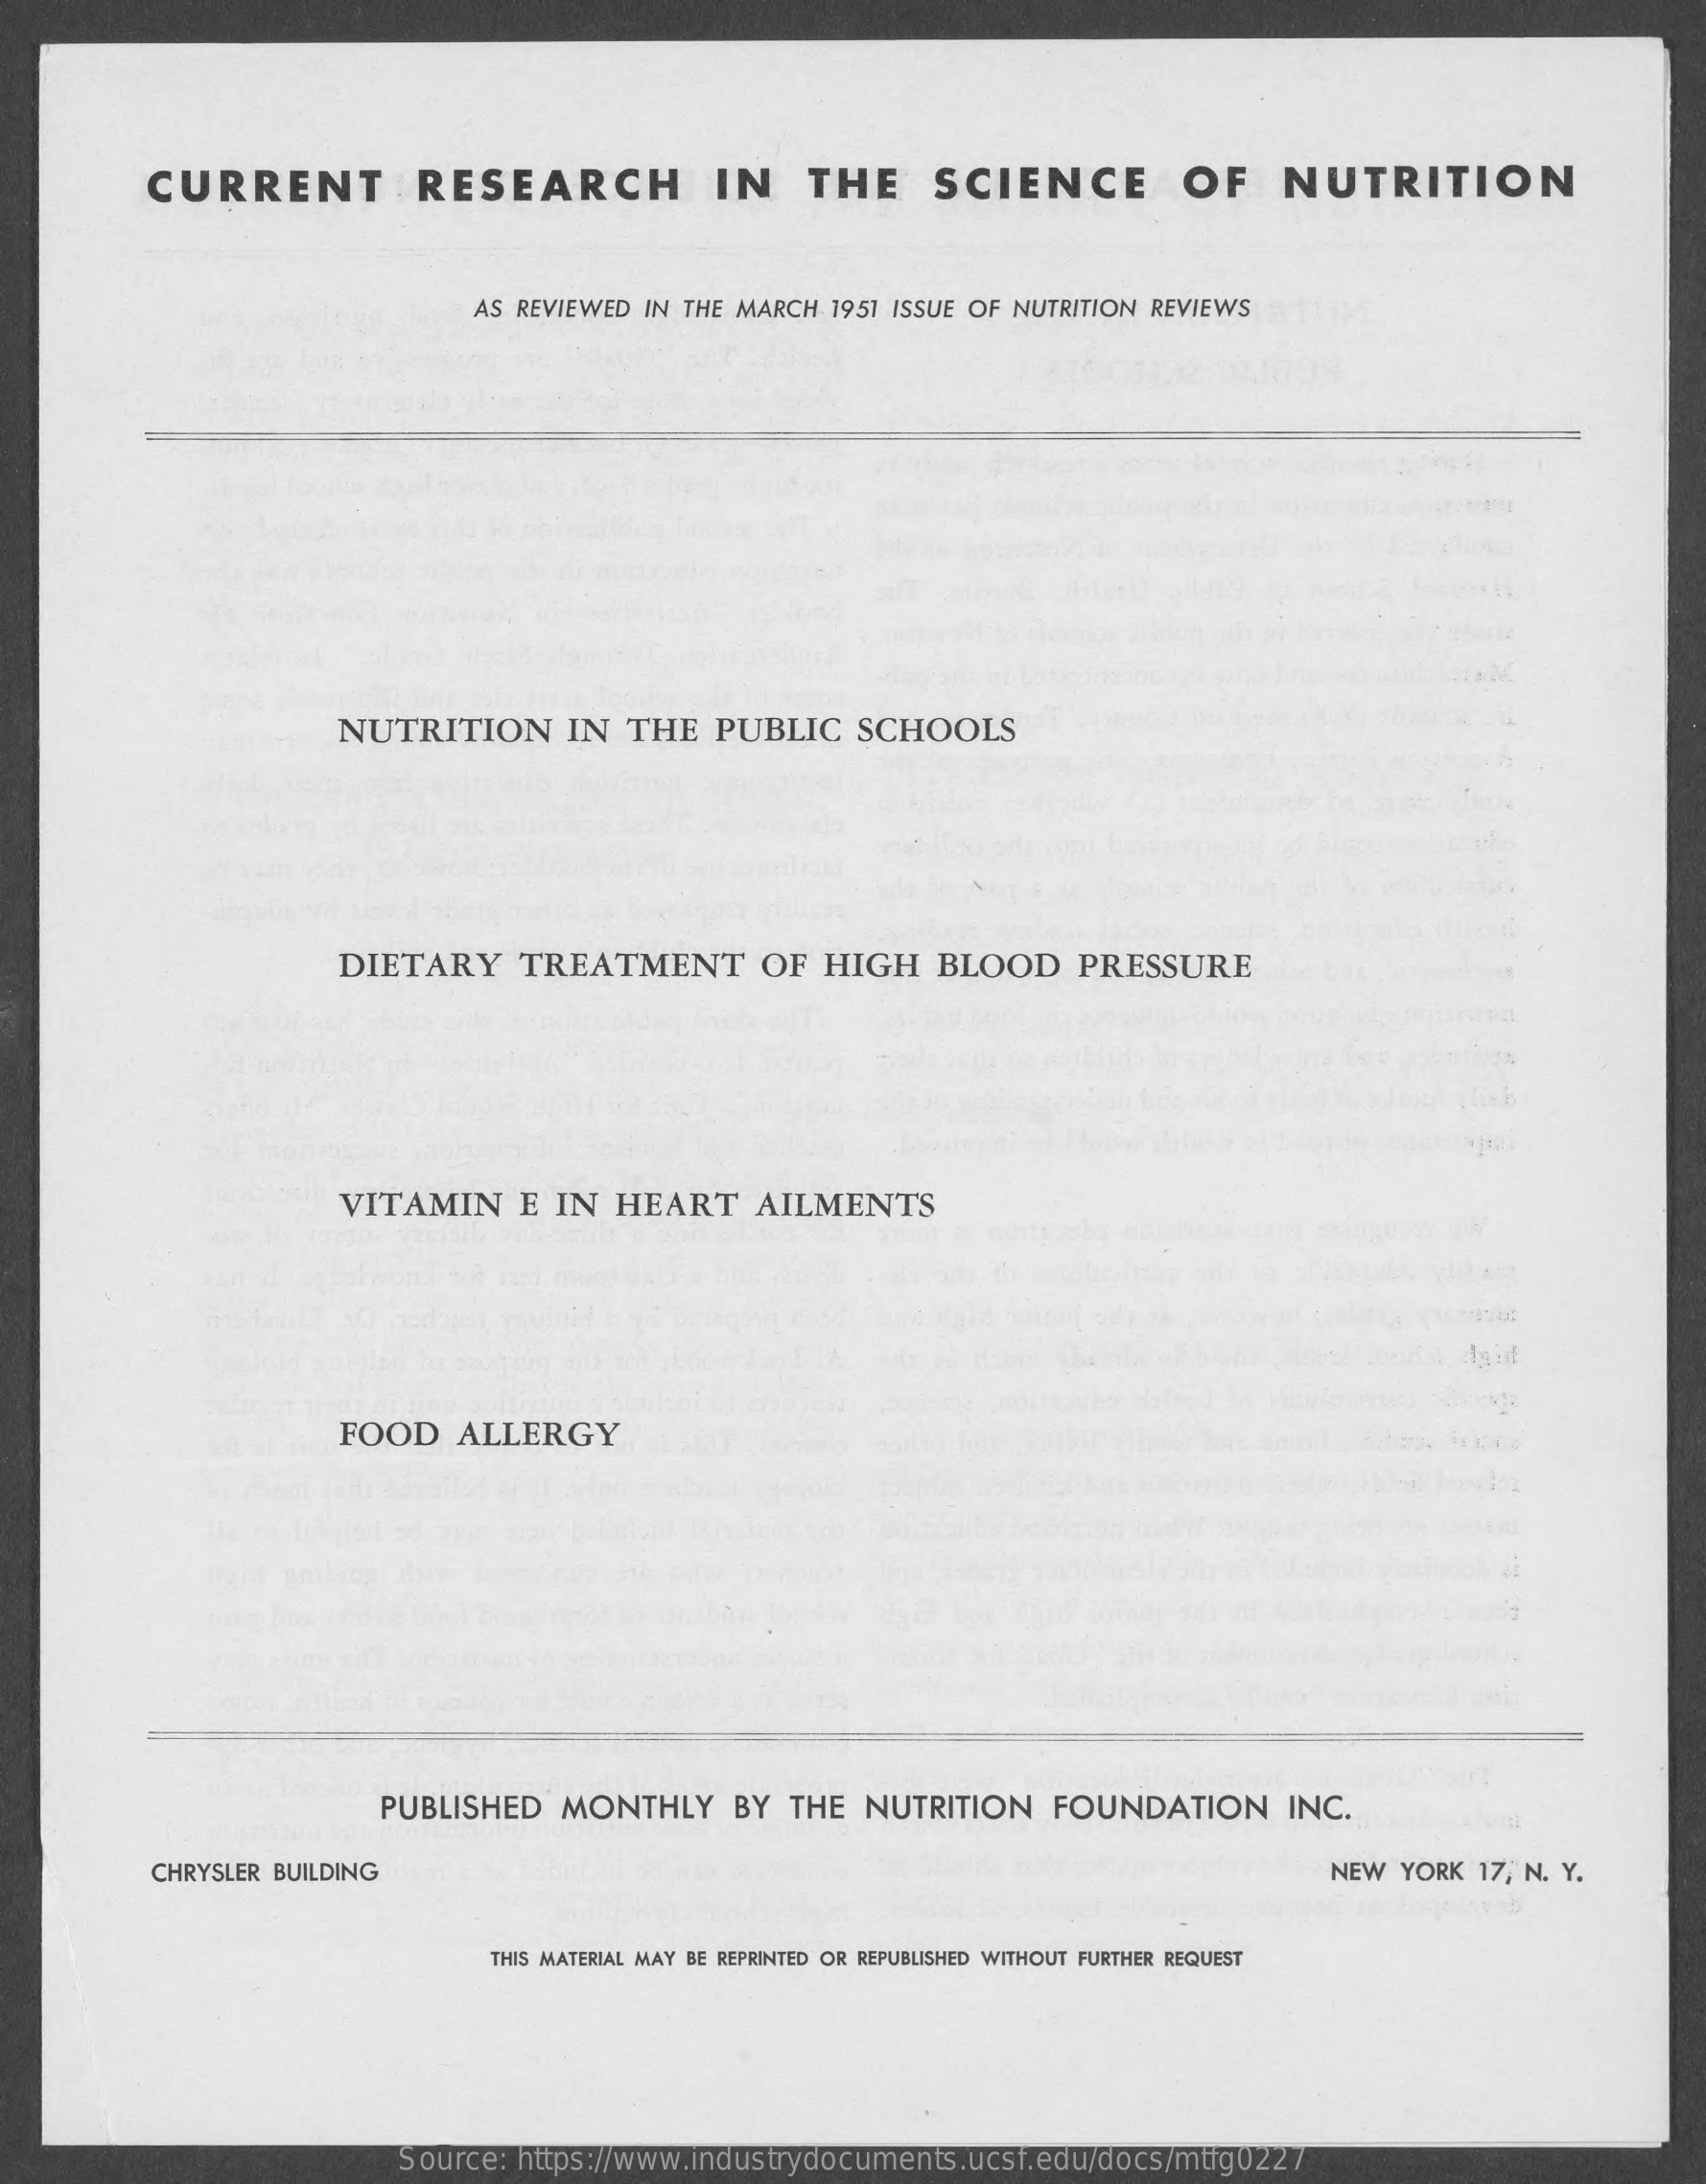
CURRENT    RESEARCH    IN    THE    SCIENCE    OF    NUTRITION
     AS REVIEWED  IN THE MARCH   1951 ISSUE OF NUTRITION  REVIEWS
     NUTRITION    IN   THE   PUBLIC    SCHOOLS
     DIETARY    TREATMENT    OF   HIGH    BLOOD    PRESSURE
     VITAMIN    E  IN   HEART    AILMENTS
     Agid
     FOOD    ALLERGY
     PUBLISHED    MONTHLY    BY   THE  NUTRITION    FOUNDATION    INC.
     CHRYSLER BUILDING    NEW  YORK  17, N. Y.
     THIS MATERIAL MAY BE REPRINTED OR REPUBLISHED WITHOUT FURTHER REQUEST
     Source:   https://www.industrydocuments.ucsf.edu/docs/mtfg0227